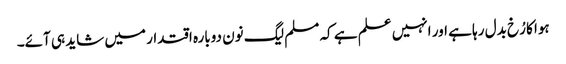
ہوا کا رُخ بدل رہا ہے اور انہیں علم ہے کہ مسلم لیگ نون دوبارہ اقتدار میں شاید ہی آئے۔